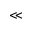
\ll